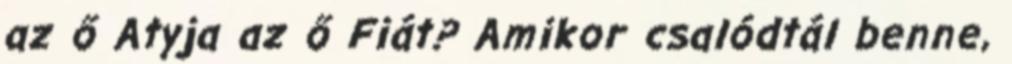
az ő Atyja az ő Fiát? Amikor csalódtál benne,